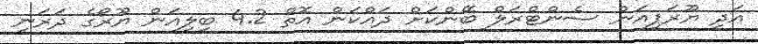
އަދި ޔޫރަޕިއަން ސެންޓްރަލް ބޭންކަށް ދައްކަން އޮތް 4.2 ބިލިއަން ޔޫރޯގެ ދަރަނި